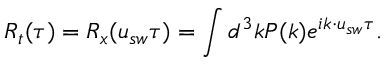
R _ { t } ( \tau ) = R _ { x } ( \boldsymbol { u } _ { s w } \tau ) = \int d ^ { 3 } k P ( \boldsymbol { k } ) e ^ { i \boldsymbol { k } \cdot \boldsymbol { u } _ { s w } \tau } .